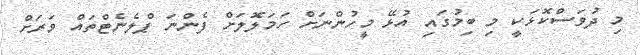
މި ދުވަސްކޮޅަކީ މި ބިމުގައި އުޅޭ މީހުންނަށް ހަމަލޮލަށް ފެންނަ ޕްލެނެޓްތައް ވަރަށް